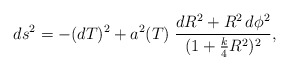
\begin{align*}ds^2=-(dT)^2+a^2(T)\;\frac{dR^2+R^2 \,d\phi^2}{(1+\frac{k}{4}R^2)^2},\end{align*}